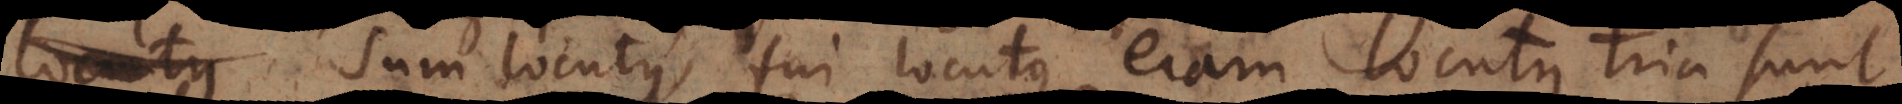
locutus Sum locutus, fui locutus, eram locutus tria sunt